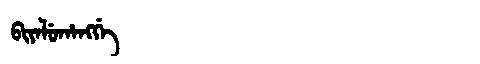
Manchu: ᠪᡳᠶᠠᠯᡠᡥᠠᠩᡤᡝ
Romanization: BIYALUHANGGE